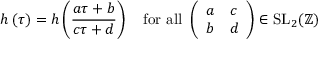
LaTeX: h \left( \tau \right) = h \left( { \frac { a \tau + b } { c \tau + d } } \right) \quad { \mathrm { f o r ~ a l l ~ } } \left( { \begin{array} { l l } { a } & { c } \\ { b } & { d } \end{array} } \right) \in { \mathrm { S L } } _ { 2 } ( \mathbb { Z } )